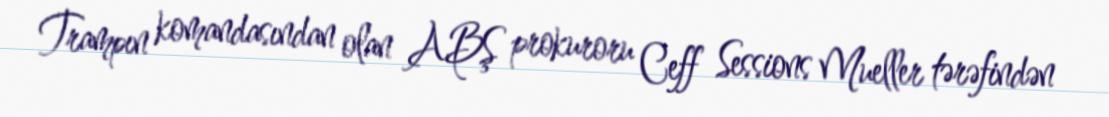
Trampın komandasından olan ABŞ prokuroru Ceff Sessions Mueller tərəfindən